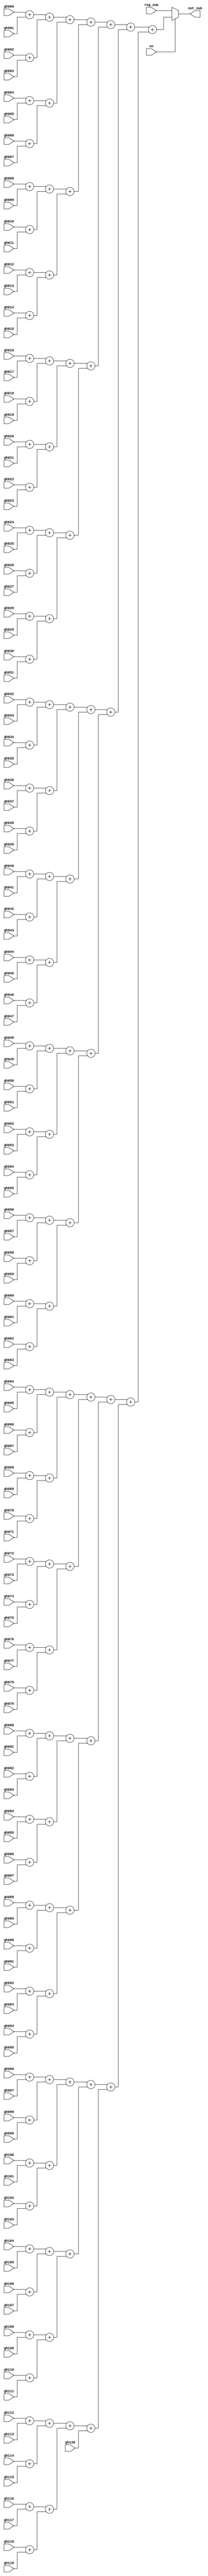

module sum_gh(
    gh000,gh001,gh002,gh003,gh004,gh005,gh006,gh007,gh008,gh009,
    gh010,gh011,gh012,gh013,gh014,gh015,gh016,gh017,gh018,gh019,
    gh020,gh021,gh022,gh023,gh024,gh025,gh026,gh027,gh028,gh029,
    gh030,gh031,gh032,gh033,gh034,gh035,gh036,gh037,gh038,gh039,
    gh040,gh041,gh042,gh043,gh044,gh045,gh046,gh047,gh048,gh049,
    gh050,gh051,gh052,gh053,gh054,gh055,gh056,gh057,gh058,gh059,
    gh060,gh061,gh062,gh063,gh064,gh065,gh066,gh067,gh068,gh069,
    gh070,gh071,gh072,gh073,gh074,gh075,gh076,gh077,gh078,gh079,
    gh080,gh081,gh082,gh083,gh084,gh085,gh086,gh087,gh088,gh089,
    gh090,gh091,gh092,gh093,gh094,gh095,gh096,gh097,gh098,gh099,
    gh100,gh101,gh102,gh103,gh104,gh105,gh106,gh107,gh108,gh109,
    gh110,gh111,gh112,gh113,gh114,gh115,gh116,gh117,gh118,gh119,gh120,
    reg_sum,out_sum,
    en
);

//==== I/O port ==========================
input  [12:0] gh000,gh001,gh002,gh003,gh004,gh005,gh006,gh007,gh008,gh009; // [19:0]
input  [12:0] gh010,gh011,gh012,gh013,gh014,gh015,gh016,gh017,gh018,gh019; // [19:0]
input  [12:0] gh020,gh021,gh022,gh023,gh024,gh025,gh026,gh027,gh028,gh029; // [19:0]
input  [12:0] gh030,gh031,gh032,gh033,gh034,gh035,gh036,gh037,gh038,gh039; // [19:0]
input  [12:0] gh040,gh041,gh042,gh043,gh044,gh045,gh046,gh047,gh048,gh049; // [19:0]
input  [12:0] gh050,gh051,gh052,gh053,gh054,gh055,gh056,gh057,gh058,gh059; // [19:0]
input  [12:0] gh060,gh061,gh062,gh063,gh064,gh065,gh066,gh067,gh068,gh069; // [19:0]
input  [12:0] gh070,gh071,gh072,gh073,gh074,gh075,gh076,gh077,gh078,gh079; // [19:0]
input  [12:0] gh080,gh081,gh082,gh083,gh084,gh085,gh086,gh087,gh088,gh089; // [19:0]
input  [12:0] gh090,gh091,gh092,gh093,gh094,gh095,gh096,gh097,gh098,gh099; // [19:0]
input  [12:0] gh100,gh101,gh102,gh103,gh104,gh105,gh106,gh107,gh108,gh109; // [19:0]
input  [12:0] gh110,gh111,gh112,gh113,gh114,gh115,gh116,gh117,gh118,gh119,gh120; // [19:0]

output reg [19:0] out_sum;
input      [19:0] reg_sum;
input   en;

wire [13:0] temp2[0:60];
wire [14:0] temp4[0:30];
wire [15:0] temp8[0:15];
wire [16:0] temp16[0:7];
wire [17:0] temp32[0:3];
wire [18:0] temp64[0:1];

assign temp2[0 ] = gh000 + gh001;
assign temp2[1 ] = gh002 + gh003;
assign temp2[2 ] = gh004 + gh005;
assign temp2[3 ] = gh006 + gh007;
assign temp2[4 ] = gh008 + gh009;
assign temp2[5 ] = gh010 + gh011;
assign temp2[6 ] = gh012 + gh013;
assign temp2[7 ] = gh014 + gh015;
assign temp2[8 ] = gh016 + gh017;
assign temp2[9 ] = gh018 + gh019;
assign temp2[10] = gh020 + gh021;
assign temp2[11] = gh022 + gh023;
assign temp2[12] = gh024 + gh025;
assign temp2[13] = gh026 + gh027;
assign temp2[14] = gh028 + gh029;
assign temp2[15] = gh030 + gh031;
assign temp2[16] = gh032 + gh033;
assign temp2[17] = gh034 + gh035;
assign temp2[18] = gh036 + gh037;
assign temp2[19] = gh038 + gh039;
assign temp2[20] = gh040 + gh041;
assign temp2[21] = gh042 + gh043;
assign temp2[22] = gh044 + gh045;
assign temp2[23] = gh046 + gh047;
assign temp2[24] = gh048 + gh049;
assign temp2[25] = gh050 + gh051;
assign temp2[26] = gh052 + gh053;
assign temp2[27] = gh054 + gh055;
assign temp2[28] = gh056 + gh057;
assign temp2[29] = gh058 + gh059;
assign temp2[30] = gh060 + gh061;
assign temp2[31] = gh062 + gh063;
assign temp2[32] = gh064 + gh065;
assign temp2[33] = gh066 + gh067;
assign temp2[34] = gh068 + gh069;
assign temp2[35] = gh070 + gh071;
assign temp2[36] = gh072 + gh073;
assign temp2[37] = gh074 + gh075;
assign temp2[38] = gh076 + gh077;
assign temp2[39] = gh078 + gh079;
assign temp2[40] = gh080 + gh081;
assign temp2[41] = gh082 + gh083;
assign temp2[42] = gh084 + gh085;
assign temp2[43] = gh086 + gh087;
assign temp2[44] = gh088 + gh089;
assign temp2[45] = gh090 + gh091;
assign temp2[46] = gh092 + gh093;
assign temp2[47] = gh094 + gh095;
assign temp2[48] = gh096 + gh097;
assign temp2[49] = gh098 + gh099;
assign temp2[50] = gh100 + gh101;
assign temp2[51] = gh102 + gh103;
assign temp2[52] = gh104 + gh105;
assign temp2[53] = gh106 + gh107;
assign temp2[54] = gh108 + gh109;
assign temp2[55] = gh110 + gh111;
assign temp2[56] = gh112 + gh113;
assign temp2[57] = gh114 + gh115;
assign temp2[58] = gh116 + gh117;
assign temp2[59] = gh118 + gh119;
assign temp2[60] = gh120;

assign temp4[0 ] = temp2[00] + temp2[01];
assign temp4[1 ] = temp2[02] + temp2[03];
assign temp4[2 ] = temp2[04] + temp2[05];
assign temp4[3 ] = temp2[06] + temp2[07];
assign temp4[4 ] = temp2[08] + temp2[09];
assign temp4[5 ] = temp2[10] + temp2[11];
assign temp4[6 ] = temp2[12] + temp2[13];
assign temp4[7 ] = temp2[14] + temp2[15];
assign temp4[8 ] = temp2[16] + temp2[17];
assign temp4[9 ] = temp2[18] + temp2[19];
assign temp4[10] = temp2[20] + temp2[21];
assign temp4[11] = temp2[22] + temp2[23];
assign temp4[12] = temp2[24] + temp2[25];
assign temp4[13] = temp2[26] + temp2[27];
assign temp4[14] = temp2[28] + temp2[29];
assign temp4[15] = temp2[30] + temp2[31];
assign temp4[16] = temp2[32] + temp2[33];
assign temp4[17] = temp2[34] + temp2[35];
assign temp4[18] = temp2[36] + temp2[37];
assign temp4[19] = temp2[38] + temp2[39];
assign temp4[20] = temp2[40] + temp2[41];
assign temp4[21] = temp2[42] + temp2[43];
assign temp4[22] = temp2[44] + temp2[45];
assign temp4[23] = temp2[46] + temp2[47];
assign temp4[24] = temp2[48] + temp2[49];
assign temp4[25] = temp2[50] + temp2[51];
assign temp4[26] = temp2[52] + temp2[53];
assign temp4[27] = temp2[54] + temp2[55];
assign temp4[28] = temp2[56] + temp2[57];
assign temp4[29] = temp2[58] + temp2[59];
assign temp4[30] = temp2[60];

assign temp8[0 ] = temp4[00] + temp4[01];
assign temp8[1 ] = temp4[02] + temp4[03];
assign temp8[2 ] = temp4[04] + temp4[05];
assign temp8[3 ] = temp4[06] + temp4[07];
assign temp8[4 ] = temp4[08] + temp4[09];
assign temp8[5 ] = temp4[10] + temp4[11];
assign temp8[6 ] = temp4[12] + temp4[13];
assign temp8[7 ] = temp4[14] + temp4[15];
assign temp8[8 ] = temp4[16] + temp4[17];
assign temp8[9 ] = temp4[18] + temp4[19];
assign temp8[10] = temp4[20] + temp4[21];
assign temp8[11] = temp4[22] + temp4[23];
assign temp8[12] = temp4[24] + temp4[25];
assign temp8[13] = temp4[26] + temp4[27];
assign temp8[14] = temp4[28] + temp4[29];
assign temp8[15] = temp4[30];

assign temp16[0] = temp8[00] + temp8[01];
assign temp16[1] = temp8[02] + temp8[03];
assign temp16[2] = temp8[04] + temp8[05];
assign temp16[3] = temp8[06] + temp8[07];
assign temp16[4] = temp8[08] + temp8[09];
assign temp16[5] = temp8[10] + temp8[11];
assign temp16[6] = temp8[12] + temp8[13];
assign temp16[7] = temp8[14] + temp8[15];

assign temp32[0] = temp16[0] + temp16[1];
assign temp32[1] = temp16[2] + temp16[3];
assign temp32[2] = temp16[4] + temp16[5];
assign temp32[3] = temp16[6] + temp16[7];

assign temp64[0] = temp32[0] + temp32[1];
assign temp64[1] = temp32[2] + temp32[3];

always @(*) begin
    if (en) begin
        out_sum = temp64[0] + temp64[1];
    end
    else begin
        out_sum = reg_sum;
    end
end

endmodule